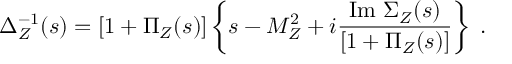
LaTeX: \Delta _ { Z } ^ { - 1 } ( s ) = [ 1 + \Pi _ { Z } ( s ) ] \left\{ s - M _ { Z } ^ { 2 } + i \frac { \mathrm { I m } ~ \Sigma _ { Z } ( s ) } { [ 1 + \Pi _ { Z } ( s ) ] } \right\} ~ .